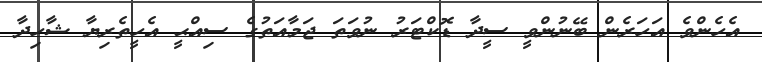
އެހެންވެ އަހަރެން ބޭނުންވީ ސީދާ ޑޮކްޓަރު ނުވަތަ ޖަމާއަތުގެ ސިއްޙީ އެހީތެރިޔާ ޝާހިދާ